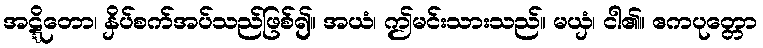
အဋ္ဋိတော၊ နှိပ်စက်အပ်သည်ဖြစ်၍။ အယံ၊ ဤမင်းသားသည်။ မယှံ၊ ငါ၏။ ဧကပုတ္တော